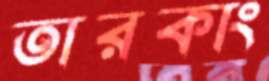
তারকাং